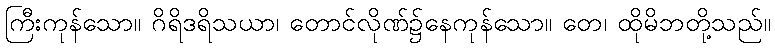
ကြီးကုန်သော။ ဂိရိဒရိသယာ၊ တောင်လိုဏ်၌နေကုန်သော။ တေ၊ ထိုမိဘတို့သည်။